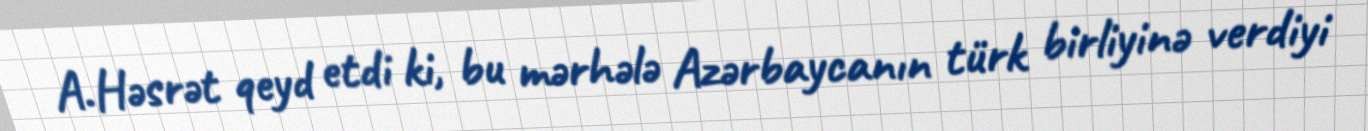
A.Həsrət qeyd etdi ki, bu mərhələ Azərbaycanın türk birliyinə verdiyi